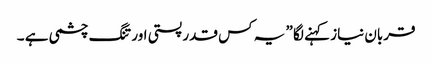
قربان نیاز کہنے لگا ” یہ کس قدر پستی اور تنگ چشمی ہے ۔